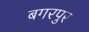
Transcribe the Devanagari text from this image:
बगरपुर